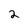
Character: 2